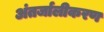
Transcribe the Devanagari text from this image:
अंतर्जालीकरण